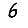
Digit: 6